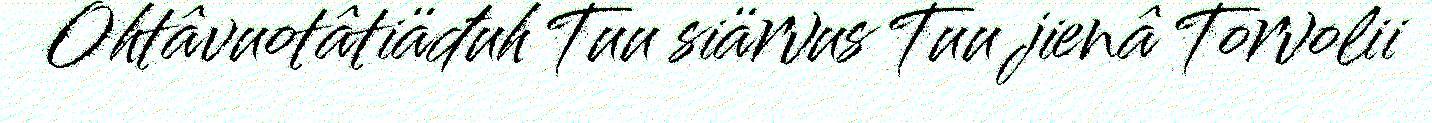
Ohtâvuotâtiäđuh Tuu siärvus Tuu jienâ Torvolii